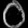
Digit: ၀